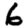
Digit: 6